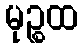
မုဉ္စထ